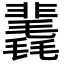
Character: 䩁